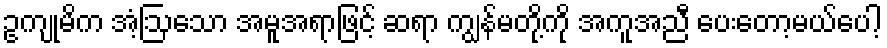
ဥကျုမိက အံ့ဩသော အမူအရာဖြင့် ဆရာ ကျွန်မတို့ကို အကူအညီ ပေးတော့မယ်ပေါ့